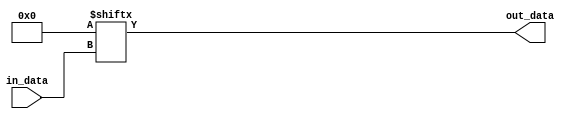


`timescale 1ns / 1ps
`default_nettype none

module bb_lut
        #(
            parameter                   DEVICE = "RTL",
            parameter                   N      = 6,
            parameter   [(1<<N)-1:0]    INIT   = {(1<<N){1'b0}}
        )
        (
            input	wire	[N-1:0]		in_data,
            output	wire				out_data
        );
    
    generate
    if (  N == 6 && (
            DEVICE == "SPARTAN6" ||
            DEVICE == "VIRTEX6" ||
            DEVICE == "7SERIES"  ||
            DEVICE == "ULTRASCALE" ||
            DEVICE == "ULTRASCALE_PLUS" ||
            DEVICE == "ULTRASCALE_PLUS_ES1" ||
            DEVICE == "ULTRASCALE_PLUS_ES2") ) begin
        LUT6
                #(
                    .INIT	(INIT)
                )
            i_lut6
                (
                    .O		(out_data),
                    .I0		(in_data[0]),
                    .I1		(in_data[1]),
                    .I2		(in_data[2]),
                    .I3		(in_data[3]),
                    .I4		(in_data[4]),
                    .I5		(in_data[5])
                );
    end
    else begin : rtl
        wire	[(1<<N)-1:0]	lut_table = INIT;
        assign out_data = lut_table[in_data];
    end
    endgenerate
    
endmodule


`default_nettype wire